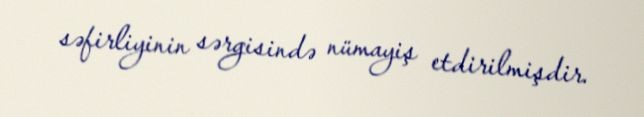
səfirliyinin sərgisində nümayiş etdirilmişdir.